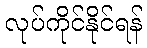
လုပ်ကိုင်နိုင်ရန်